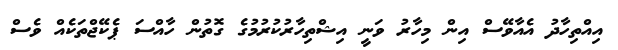
އިއްތިހާދު އެއާވޭސް އިން މިހާރު ވަނީ އިޝްތިހާރުކުރުމުގެ ގޮތުން ހާއްސަ ޕެކޭޖްތަކެއް ވެސް